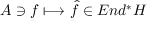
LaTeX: { \cal A } \ni f \longmapsto \widehat { f } \in E n d ^ { * } { \cal H }